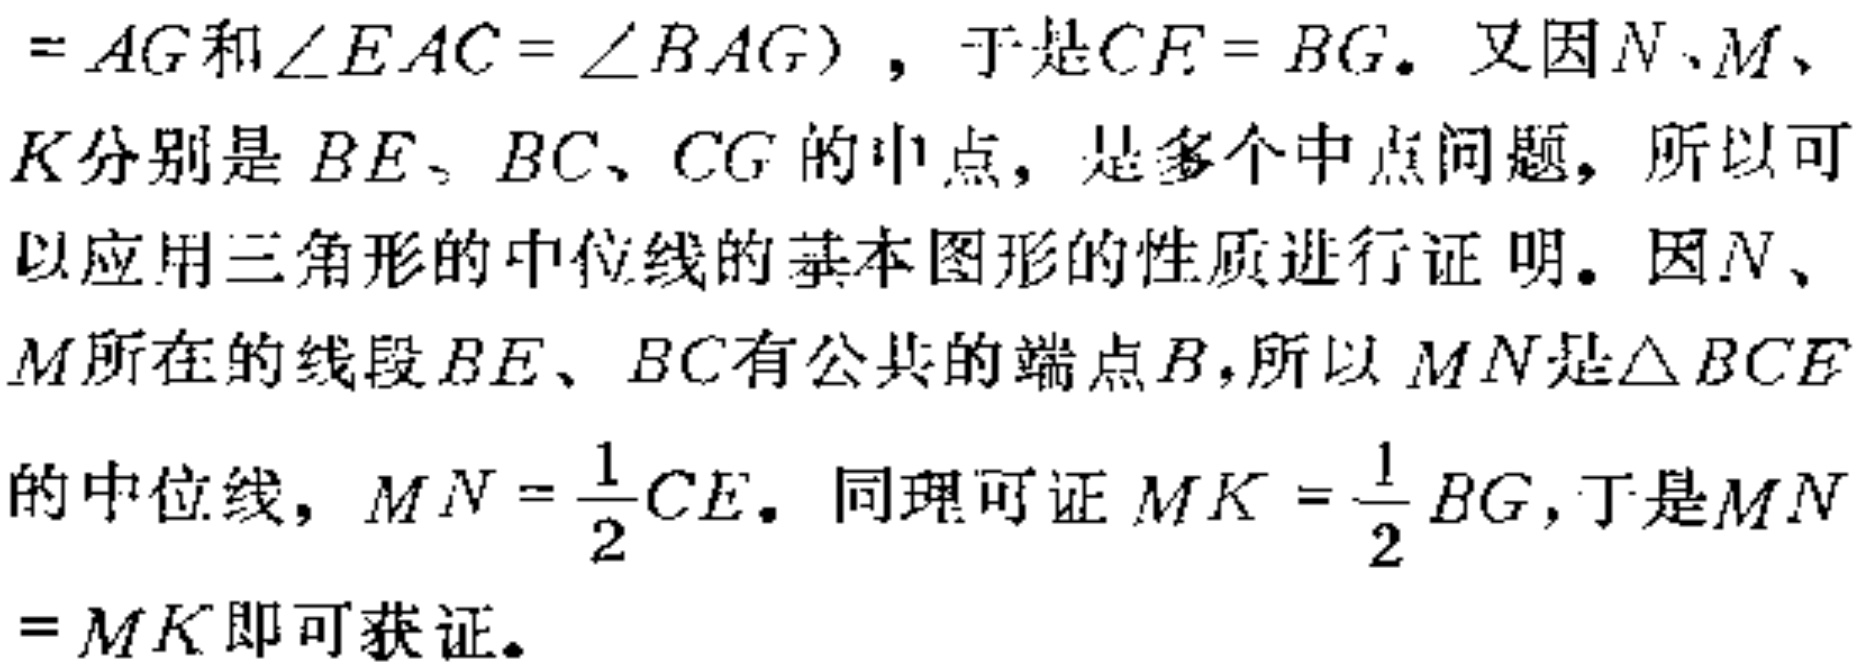
$=AG和\angle EAC = \angle BAG)$，于是$CF = BG$。又因$N、M、K$分别是$BE、BC、CG$的中点，是多个中点问题，所以可以应用三角形的中位线的基本图形的性质进行证明。因$N、M$所在的线段$BE、BC$有公共的端点$B$，所以$MN$是$\triangle BCE$的中位线，$MN = \frac{1}{2}CE$。同理可证$MK = \frac{1}{2}BG$，于是$MN=MK$即可获证。